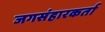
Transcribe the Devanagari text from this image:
जगसंहारकर्ता